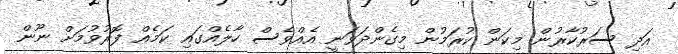
އަދި ސަރުކާރުން މިކަން ކުރަމުން މިގެންދަވަނީ އެއްވެސް ހާލެއްގައި ކަމެއް ފޮރުވުމަށް ނޫން